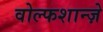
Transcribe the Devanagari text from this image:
वोल्फशान्ज़े